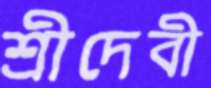
শ্রীদেবী